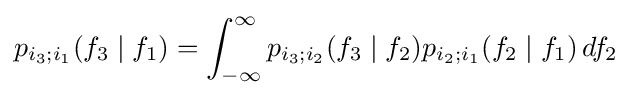
p_{i_{3};i_{1}}(f_{3}\mid f_{1})=\int _{-\infty }^{\infty }p_{i_{3};i_{2}}(f_{3}\mid f_{2})p_{i_{2};i_{1}}(f_{2}\mid f_{1})\,df_{2}